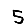
Digit: 5